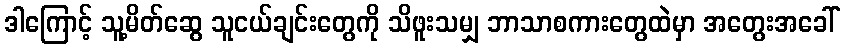
ဒါကြောင့် သူ့မိတ်ဆွေ သူငယ်ချင်းတွေကို သိဖူးသမျှ ဘာသာစကားတွေထဲမှာ အတွေးအခေါ်